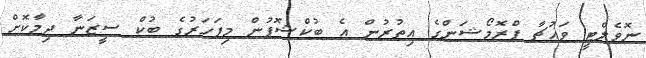
ނޮވެލްޓީ ވައުޗާ ޕްރޮމޯޝަންގެ އިތުރުން އެ ބުކްޝޮޕުން މިފަހަރުގެ ބުކް ސީޒަނާ ދިމާކޮށް